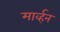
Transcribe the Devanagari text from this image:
मार्व्हन